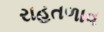
રાહતળાવ